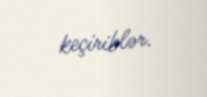
keçiriblər.